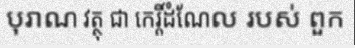
បុរាណ វត្ថុ ជា កេរ្តិ៍ដំណែល របស់ ពួក